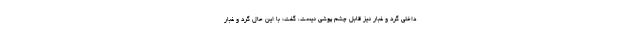
داخلی گرد و غبار نیز قابل چشم پوشی نیست، گفت: با این حال گرد و غبار